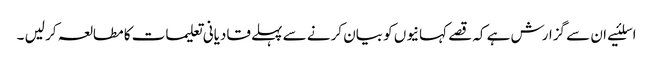
اسلئیے ان سے گزارش ہے کہ قصے کہانیوں کو بیان کرنے سے پہلے قادیانی تعلیمات کا مطالعہ کر لیں ۔